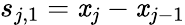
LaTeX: s_{j,1}=\mathit{x}_{j}-\mathit{x}_{j-1}